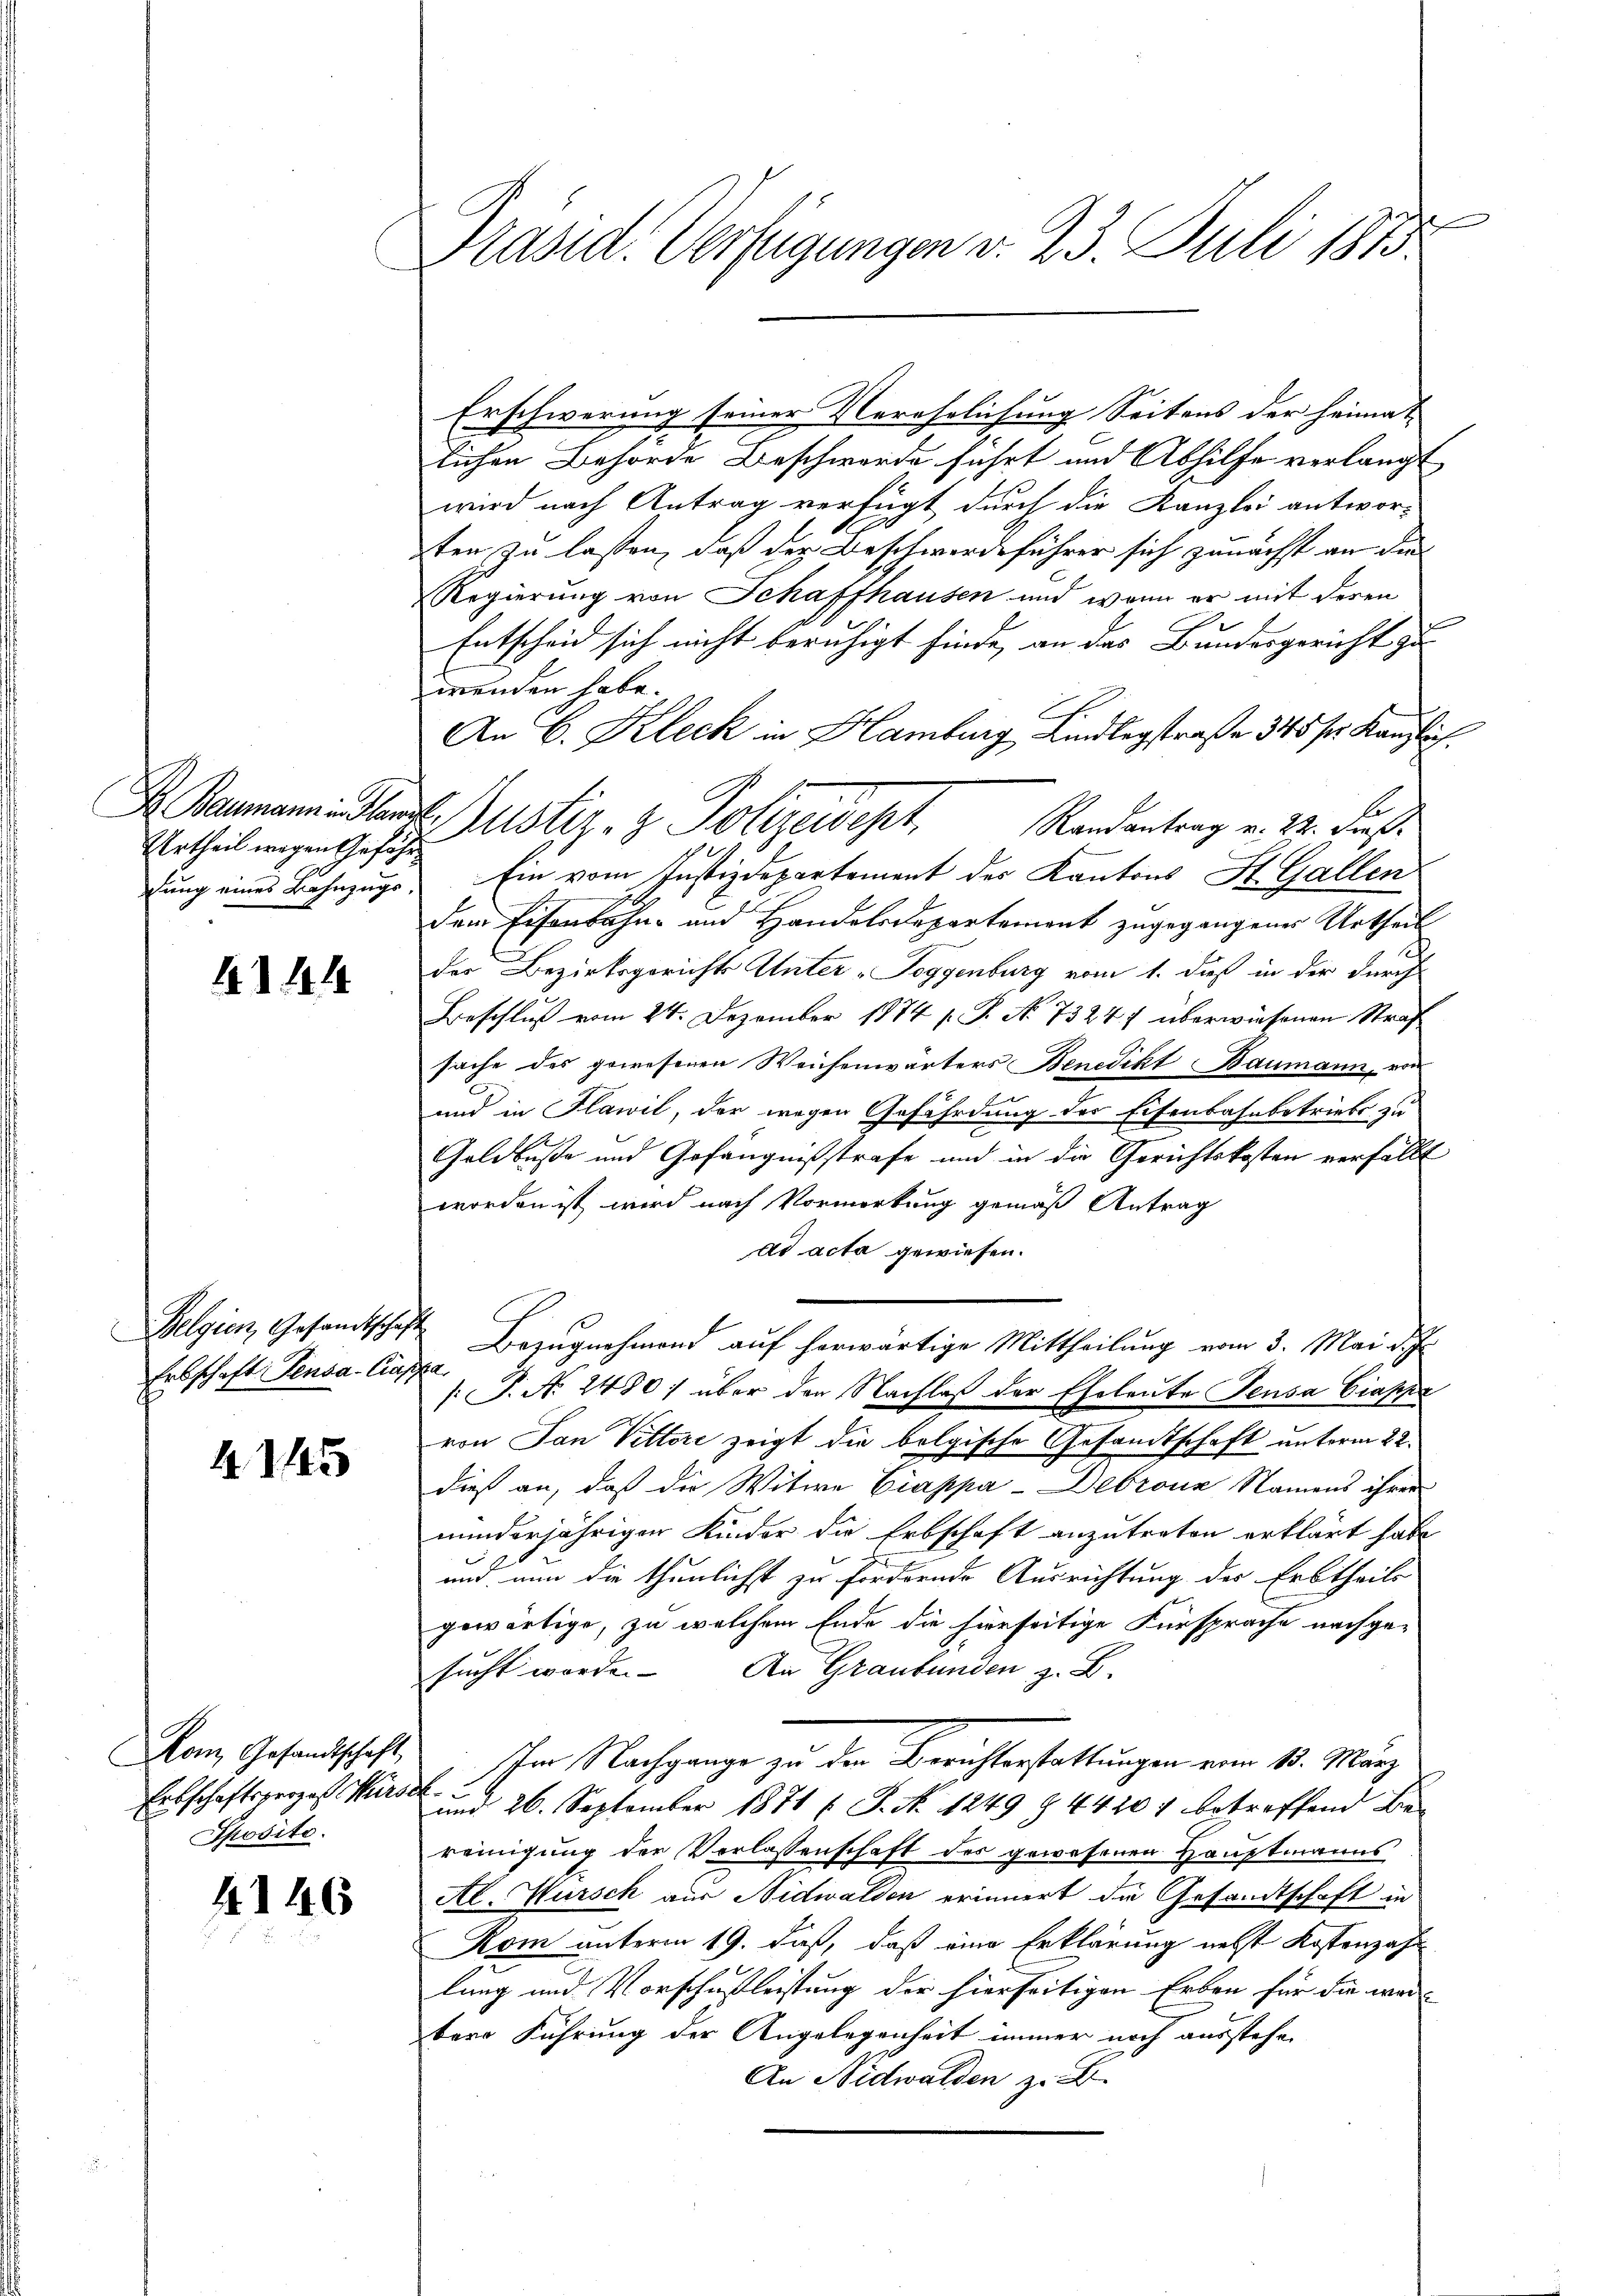
Baumann in Plan
Urtheil wegen Gefähr¬

4144

Belgien Gesandtschaft
Erbschaft Pensa-Ciappa

21445

Erbschaftsprozeß Kürsch
Sposito.

4146

.
Präsid. Verfügungen v. 23. Juli 1813.

Erschwerung seiner Verehelichung Seitens der heimat
lichen Behörde Beschwerde führt und Abhilfe verlangt,
wird nach Antrag verfügt durch die Kanzlei antwor¬
A
ten zu lassen, daß der Beschwerdeführer sich zunächst an die
Regierung von Schaffhausen und wenn er mit deren
Entscheid sich nicht beruhigt finde, an das Bundesgericht zu
wenden habe.
An C. Kleck in Hamburg Kindlegstraße 345 fr. Kanzlich.
gung eines Bahnzugs Ein vom Justizdepartement des Kantons St. Gallen
dem Eisenbahn- und Handelsdepartement zugegangenes Urtheil
der Bezirksgerichts Unter "Soggenburg vom 1. dieß in der durch
Beschluß vom 24. Dezember 1874 (s. S. No 73247 überwiesenen Strafsache des gewesenen Weichenwärters Benedikt Baumann, von
und in Flawil, der wegen Gefährdung des Eisenbahnbetriebs, zu
Goldbuße und Gefängnißstrafe und in die Gerichtskosten verfällt
worden ist wird nach Vormerkung gemäß Antrag
ad acta gewiesen.
Bezugnehmend auf herwärtige Mittheilung vom 3. Mai d. Js.
[: P. No. 2480) über den Nachlaß der Eheleute Sensa Ciappe
von Ton Pittere zeigt die bolgische Gesandtschaft unterm 22.
dieß an, daß die Witwe Ciappa-Debronz Namens ihrer
minderjährigen Kinder die Erbschaft anzutreten erklärt habe
2
und nun die thunlichst zu fördernde Ausrichtung der Erbtheils
gewärtige, zu welchem Ende die hierseitige Fürsprache nachge-
sucht worden. An Graubünden z. B.
Mam Gesandtschaft Ihm Nachgange zu den Berichterstattungen vom 13. März
und 26. September 1871 f. S. No 1249 § 4420 f betreffend Be-
reinigung der Verlassenschaft der gewesenen Hauptmanns
Al. Wursch aus Nidwalden erinnert die Gesandtschaft in
Kom unterm 19. daß, daß eine Erklärung nebst Kostenzahl
lung und Vorschaftleistung der hierseitigen Erben für die wer
tere Führung der Angelegenheit immer noch ausstehen
An Nidwalden zu B.

Justiz- & Polizeidept. Randentrag v. M. dies